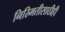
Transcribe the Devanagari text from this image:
निस्र्मितीसाठीही